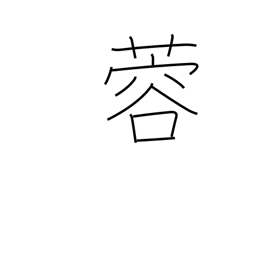
Meaning: lotus